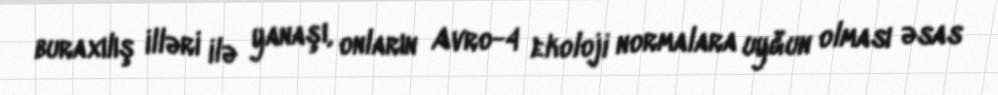
buraxılış illəri ilə yanaşı, onların Avro-4 ekoloji normalara uyğun olması əsas